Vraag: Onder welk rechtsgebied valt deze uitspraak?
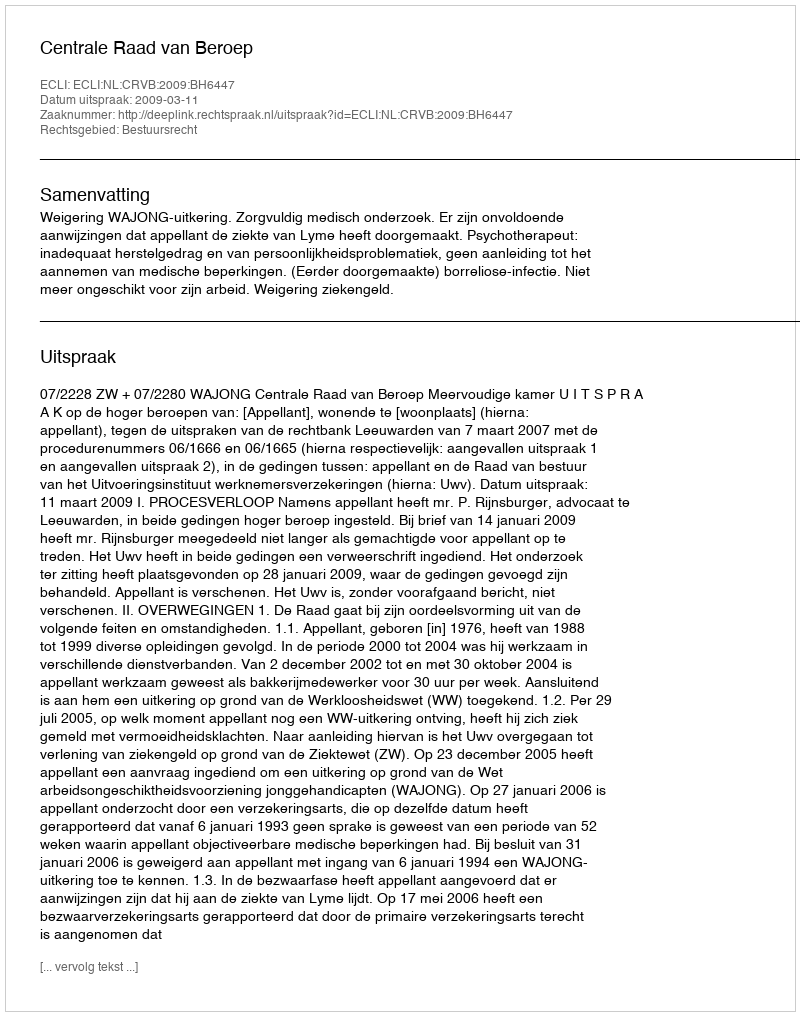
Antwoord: Bestuursrecht